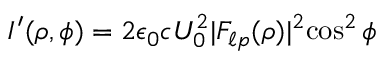
\begin{array} { r } { { \cal I } ^ { \prime } ( \rho , \phi ) = 2 \epsilon _ { 0 } c { \cal U } _ { 0 } ^ { 2 } | { \cal F } _ { \ell p } ( \rho ) | ^ { 2 } { \cos ^ { 2 } \phi } } \end{array}